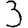
Digit: 3